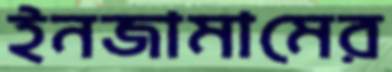
ইনজামামের